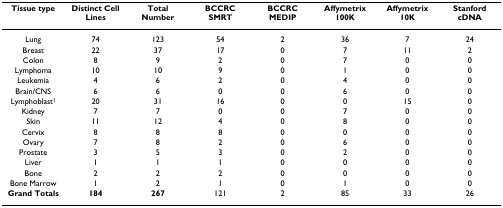
| Tissue type | Distinct Cell Lines | Total Number | BCCRC SMRT | BCCRC MEDIP | Affymetrix 100K | Affymetrix 10K | Stanford cDNA |
 | --- | --- | --- | --- | --- | --- | --- | --- |
 | Lung | 74 | 123 | 54 | 2 | 36 | 7 | 24 |
 | Breast | 22 | 37 | 17 | 0 | 7 | 11 | 2 |
 | Colon | 8 | 9 | 2 | 0 | 7 | 0 | 0 |
 | Lymphoma | 10 | 10 | 9 | 0 | 1 | 0 | 0 |
 | Leukemia | 4 | 6 | 2 | 0 | 4 | 0 | 0 |
 | Brain/CNS | 6 | 6 | 0 | 0 | 6 | 0 | 0 |
 | Lymphoblast1 | 20 | 31 | 16 | 0 | 0 | 15 | 0 |
 | Kidney | 7 | 7 | 0 | 0 | 7 | 0 | 0 |
 | Skin | 11 | 12 | 4 | 0 | 8 | 0 | 0 |
 | Cervix | 8 | 8 | 8 | 0 | 0 | 0 | 0 |
 | Ovary | 7 | 8 | 2 | 0 | 6 | 0 | 0 |
 | Prostate | 3 | 5 | 3 | 0 | 2 | 0 | 0 |
 | Liver | 1 | 1 | 1 | 0 | 0 | 0 | 0 |
 | Bone | 2 | 2 | 2 | 0 | 0 | 0 | 0 |
 | Bone Marrow | 1 | 2 | 1 | 0 | 1 | 0 | 0 |
 | Grand Totals | 184 | 267 | 121 | 2 | 85 | 33 | 26 |